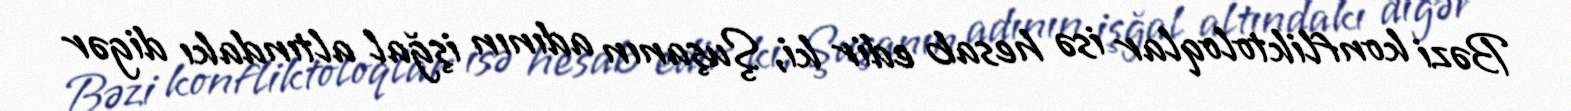
Bəzi konfliktoloqlar isə hesab edir ki, Şuşanın adının işğal altındakı digər